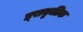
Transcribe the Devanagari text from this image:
प्र्राकृतिक